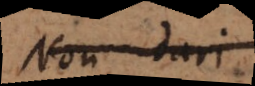
Non dari